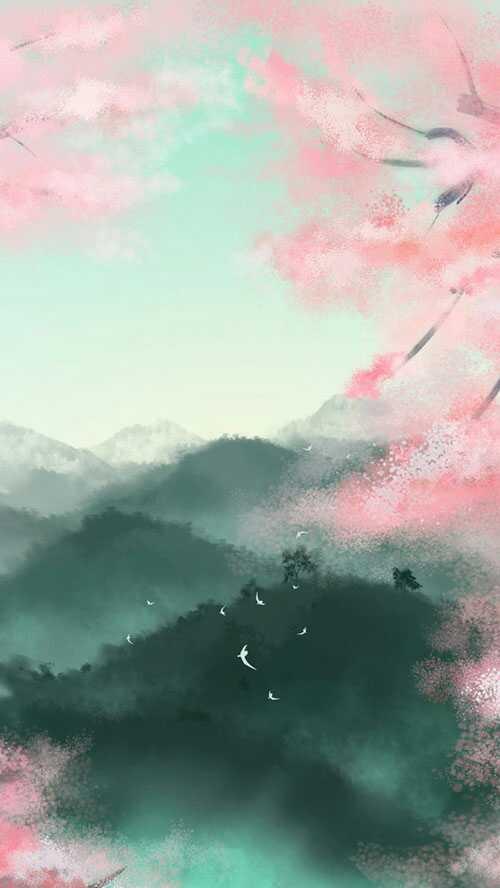
伏雨朝寒愁不胜，那能还傍杏花行。